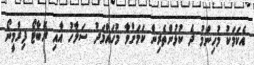
އެކަމަކު މުހިންމު ދެ ކުޅުންތެރިން ކަމަށްވާ މުހައްމަދު ސަލާހު އާއި ރޮބާޓޯ ފިރްމީނޯ